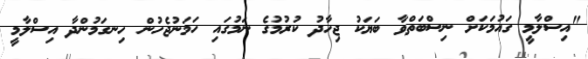
"އިސްލާމީ ގައުމަކަށް ނިސްބަތްވާ ބަޔަކު ޖިހާދު ކުރުމުގެ ނަމުގައި ހަމަނުޖެހުން ހިނގަމުންދާ އިސްލާމީ